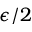
\epsilon / 2